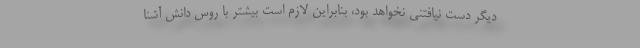
دیگر دست نیافتنی نخواهد بود، بنابراین لازم است بیشتر با روس دانش آشنا